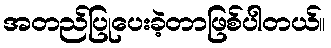
အတည်ပြုပေးခဲ့တာဖြစ်ပါတယ်။